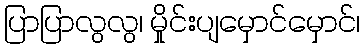
ပြာပြာလွလွ၊ မှိုင်းပျမှောင်မှောင်၊